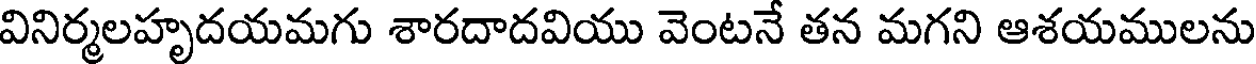
వినిర్మలహృదయమగు శారదాదవియు వెంటనే తన మగని ఆశయములను